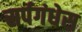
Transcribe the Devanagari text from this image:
सर्पगंधेस